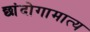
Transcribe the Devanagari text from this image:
छांदोगामात्य